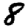
Digit: 8